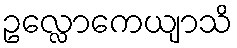
ဥလ္လောကေယျာသိ